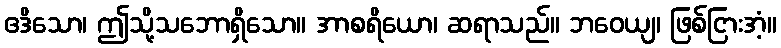
ဧဒိသော၊ ဤသို့သဘောရှိသော။ အာစရိယော၊ ဆရာသည်။ ဘဝေယျ၊ ဖြစ်ငြားအံ့။